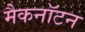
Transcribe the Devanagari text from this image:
मैकनॉटन